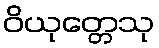
ဝိယုတ္တေသု